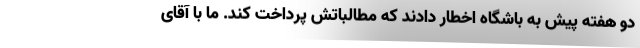
دو هفته پیش به باشگاه اخطار دادند که مطالباتش پرداخت کند. ما با آقای